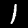
Digit: 1